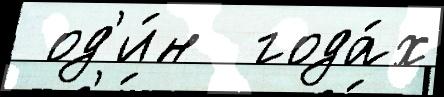
 од'и́н  года́х